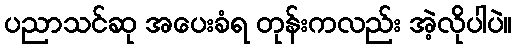
ပညာသင်ဆု အပေးခံရ တုန်းကလည်း အဲ့လိုပါပဲ။